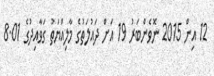
12 އިން 2015 ނޮވެންބަރު 19 އަށް ދައުލަތުގެ މާލިއްޔަތު ގަވާއިދުގެ 8.01